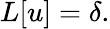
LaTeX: L[u]=\delta.